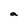
Character: a